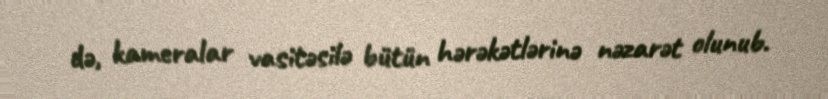
də, kameralar vasitəsilə bütün hərəkətlərinə nəzarət olunub.